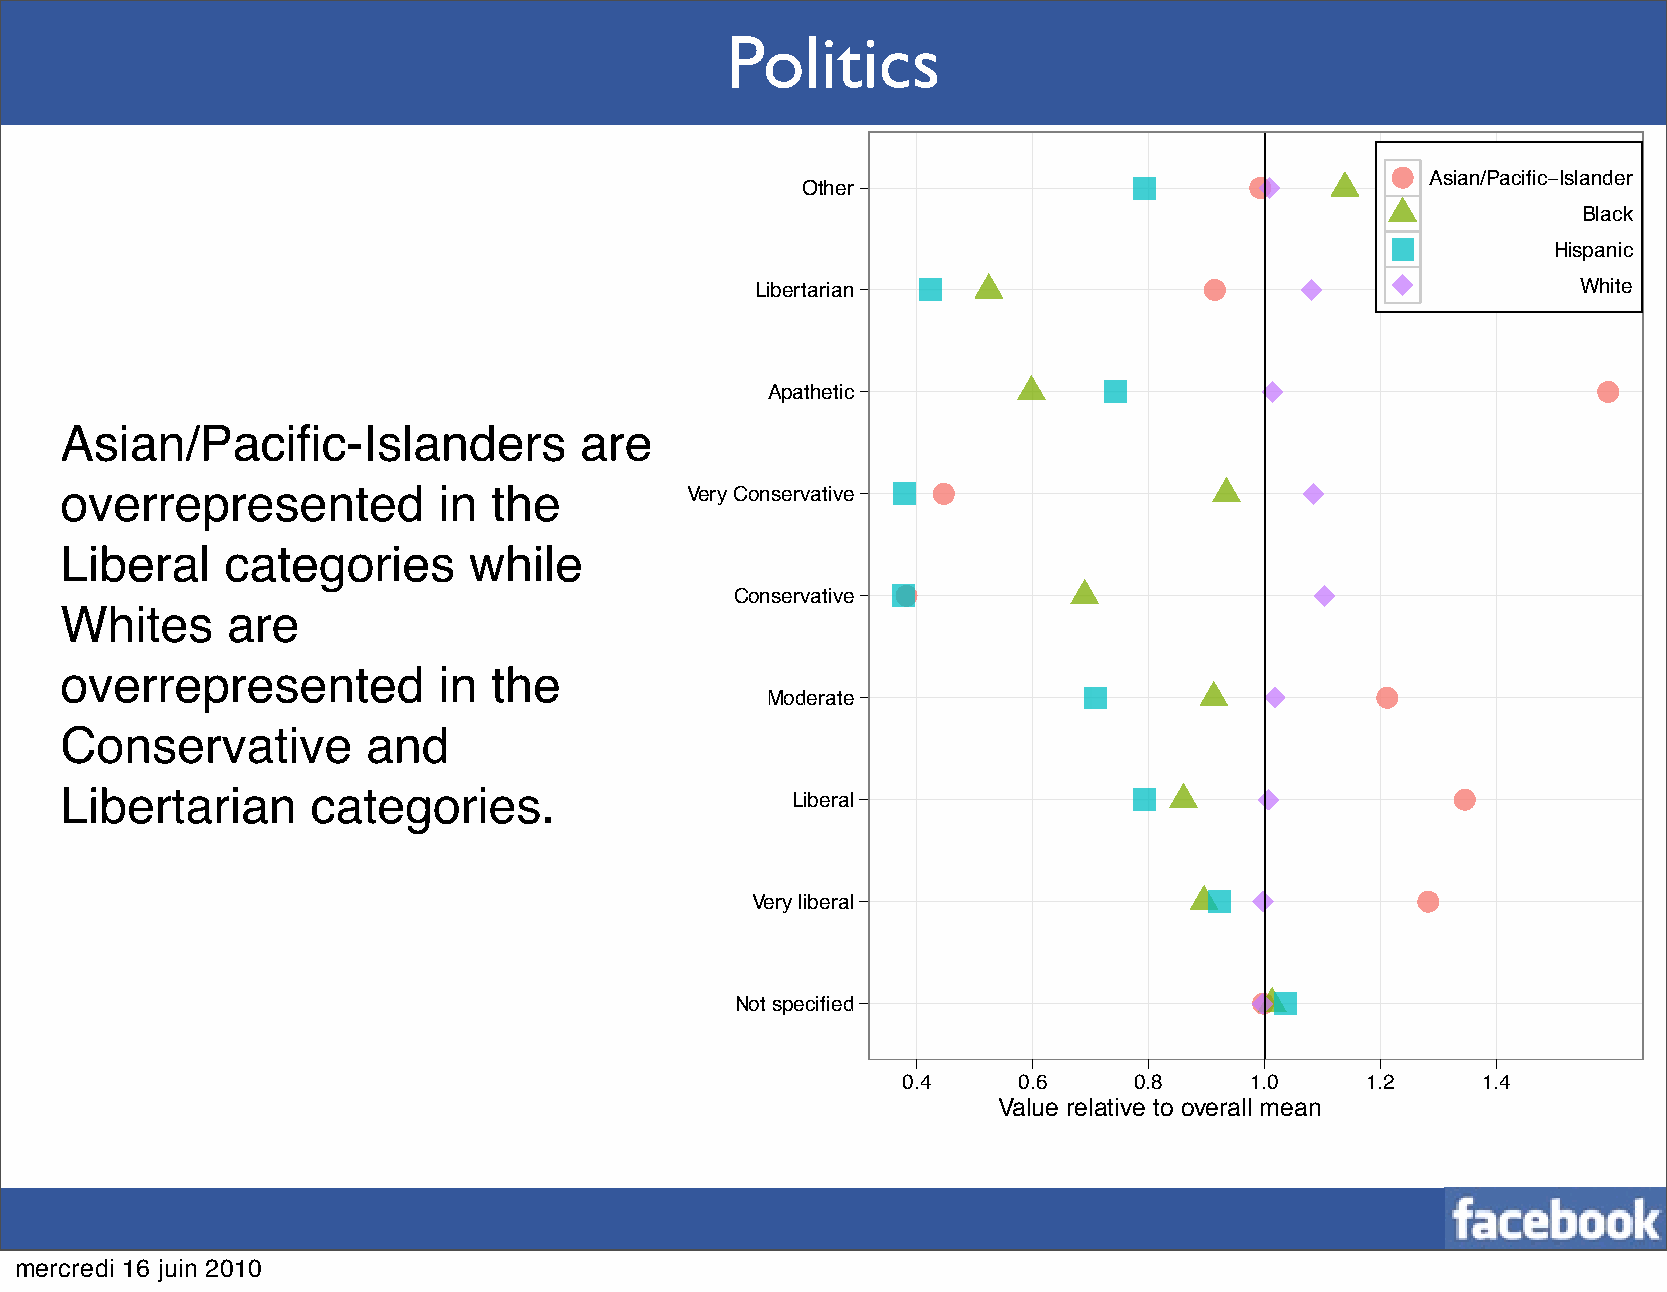
Politics
 Asian/Pacific−Islander
 Other
 Black
 Hispanic
 Libertarian                                            White
 Apathetic
 Asian/Pacific-Islanders           are
 overrepresented          in  the         Very Conservative
 Liberal    categories      while
 Conservative
 Whites     are
 overrepresented          in  the
 Moderate
 Conservative        and
 Libertarian      categories.
 Liberal
 Very liberal
 Not specified
 0.4    0.6     0.8     1.0    1.2     1.4
 Value relative to overall mean
 mercredi 16 juin 2010
 X2